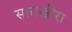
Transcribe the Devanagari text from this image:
सातखीरा